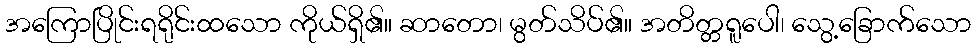
အကြောပြိုင်းရရိုင်းထသော ကိုယ်ရှိ၏။ ဆာတော၊ မွတ်သိပ်၏။ အတိတ္တရူပေါ၊ သွေ့ခြောက်သော